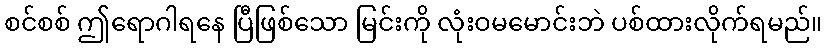
စင်စစ် ဤရောဂါရနေ ပြီဖြစ်သော မြင်းကို လုံးဝမမောင်းဘဲ ပစ်ထားလိုက်ရမည်။